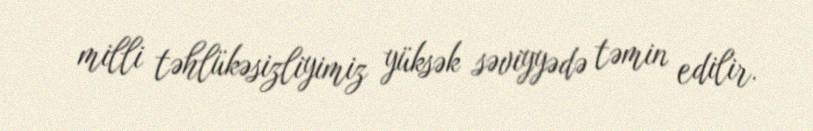
milli təhlükəsizliyimiz yüksək səviyyədə təmin edilir.